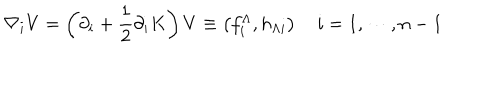
\nabla _ { i } V = \left( \partial _ { i } + { \frac { 1 } { 2 } } \partial _ { i } K \right) V \equiv \left( f _ { i } ^ { \Lambda } , h _ { \Lambda i } \right) \quad i = 1 , \cdots , n - 1